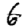
Digit: 6